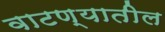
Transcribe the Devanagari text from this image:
वाटण्यातील